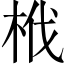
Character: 栰